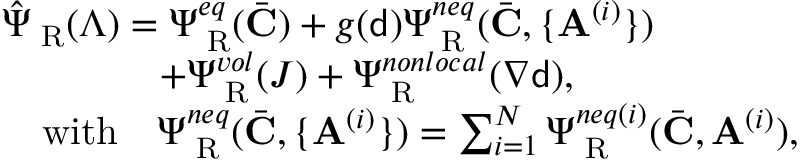
\begin{array} { r l } & { \hat { \Psi } _ { \mathrm { \tiny ~ R } } ( \boldsymbol { \Lambda } ) = \Psi _ { \mathrm { \tiny ~ R } } ^ { e q } ( \bar { \mathbf { C } } ) + g ( { \mathsf { d } } ) \Psi _ { \mathrm { \tiny ~ R } } ^ { n e q } ( \bar { \mathbf { C } } , \{ \mathbf { A } ^ { ( i ) } \} ) } \\ & { \quad \quad \quad \quad + \Psi _ { \mathrm { \tiny ~ R } } ^ { v o l } ( J ) + \Psi _ { \mathrm { \tiny ~ R } } ^ { n o n l o c a l } ( \nabla { \mathsf { d } } ) , } \\ & { \quad \mathrm { w i t h } \quad \Psi _ { \mathrm { \tiny ~ R } } ^ { n e q } ( \bar { \mathbf { C } } , \{ \mathbf { A } ^ { ( i ) } \} ) = \sum _ { i = 1 } ^ { N } \Psi _ { \mathrm { \tiny ~ R } } ^ { n e q ( i ) } ( \bar { \mathbf { C } } , \mathbf { A } ^ { ( i ) } ) , } \end{array}